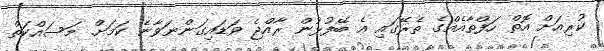
ކުރިއަށް އޮތް ހަފްތާއެއްގެ ތެރޭގައި އެ ބޭފުޅުން ރާއްޖެ ވަޑައިގަންނަވާނެ ކަމަށް. މަސައްކަތް